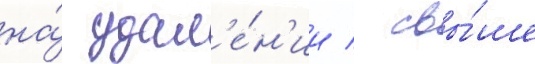
на́ удал'е́н'ии / свы́ше